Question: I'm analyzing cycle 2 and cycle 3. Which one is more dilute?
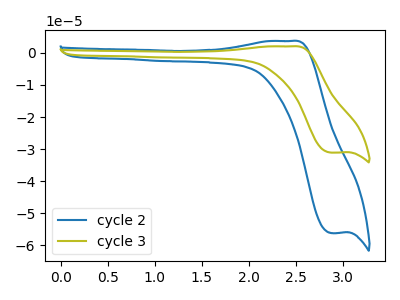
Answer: <think>The blue curve "cycle 2" has an anodic peak at (2.45V, 3.75uA) and a cathodic peak at (2.90V, -56.25uA). The olive curve "cycle 3" has an anodic peak at (2.45V, 2.05uA) and a cathodic peak at (2.90V, -31.10uA).
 All the peaks in "cycle 2" have a peak in "cycle 3" at the same potential. Every peak in "cycle 2" is higher than every peak in "cycle 3".</think>
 <answer>"cycle 2" has more signal than "cycle 3" and so likely has a higher concentration.</answer>
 <eval>more_concentration</eval>